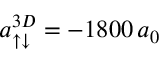
a _ { \uparrow \downarrow } ^ { 3 D } = - 1 8 0 0 \, a _ { 0 }